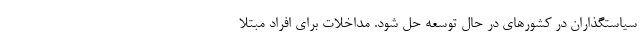
سیاستگذاران در کشورهای در حال توسعه حل شود. مداخلات برای افراد مبتلا